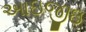
આઇજીઇ